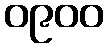
၀၉၀၀